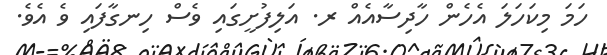
ހަމަ މިކަހަލަ އެހެން ހާދިސާއެއް ރ. އަލިފުށީގައި ވެސް ހިނގާފައި ވެ އެވެ.